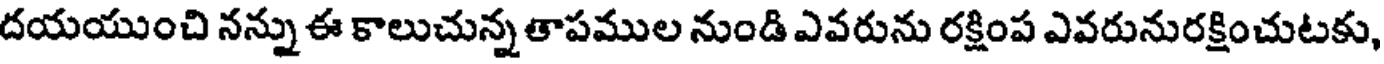
దయయుంచి నన్ను ఈ కాలుచున్న తాపముల నుండి ఎవరును రక్షింప ఎవరునురక్షించుటకు,